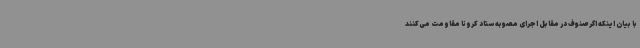
با بیان اینکه اگر صنوف در مقابل اجرای مصوبه ستاد کرونا مقاومت می‌کنند